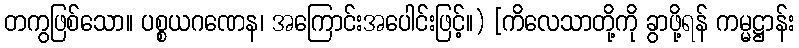
တကွဖြစ်သော။ ပစ္စယဂဏေန၊ အကြောင်းအပေါင်းဖြင့်။) [ကိလေသာတို့ကို ခွာဖို့ရန် ကမ္မဋ္ဌာန်း